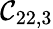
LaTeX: \mathcal{C}_{22,3}